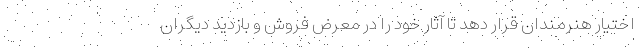
اختیار هنرمندان قرار دهد تا آثار خود را در معرض فروش و بازدید دیگران